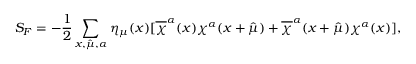
S _ { F } = - \frac { 1 } { 2 } \sum _ { x , \hat { \mu } , \alpha } \eta _ { \mu } ( x ) [ \overline { { { \chi } } } ^ { \alpha } ( x ) \chi ^ { \alpha } ( x + \hat { \mu } ) + \overline { { { \chi } } } ^ { \alpha } ( x + \hat { \mu } ) \chi ^ { \alpha } ( x ) ] ,